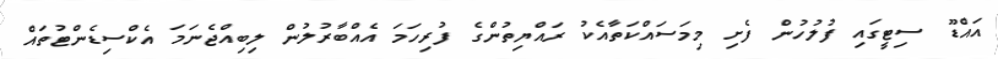
އައްޑޫ ސިޓީގައި ފުލުހުން ފެށި މިމަސައްކަތާއެކު ރައްޔިތުންގެ ފުރިހަމަ އެއްބާރުލުން ލިބިއްޖެނަމަ އެކްސިޑެންޓުތައް